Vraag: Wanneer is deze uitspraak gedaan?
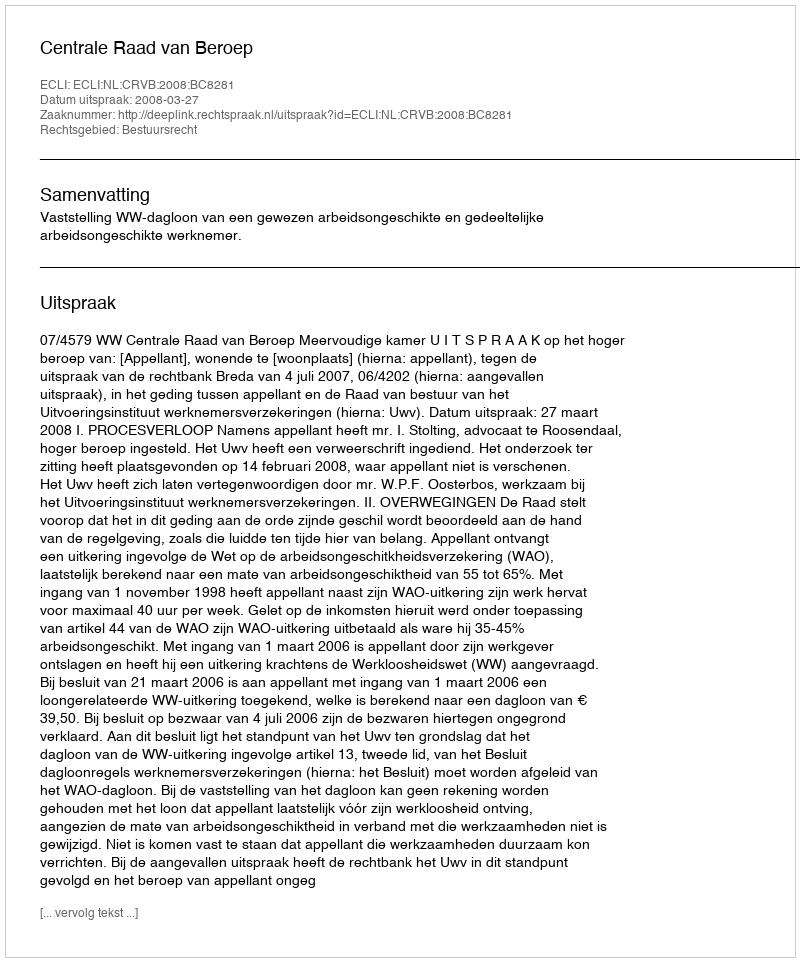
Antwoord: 2008-03-27